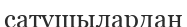
сатушылардан